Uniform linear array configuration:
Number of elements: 16
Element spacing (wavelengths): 0.25
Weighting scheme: exponential
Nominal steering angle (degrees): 0
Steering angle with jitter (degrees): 0.3531
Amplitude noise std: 0.05
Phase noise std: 0.05

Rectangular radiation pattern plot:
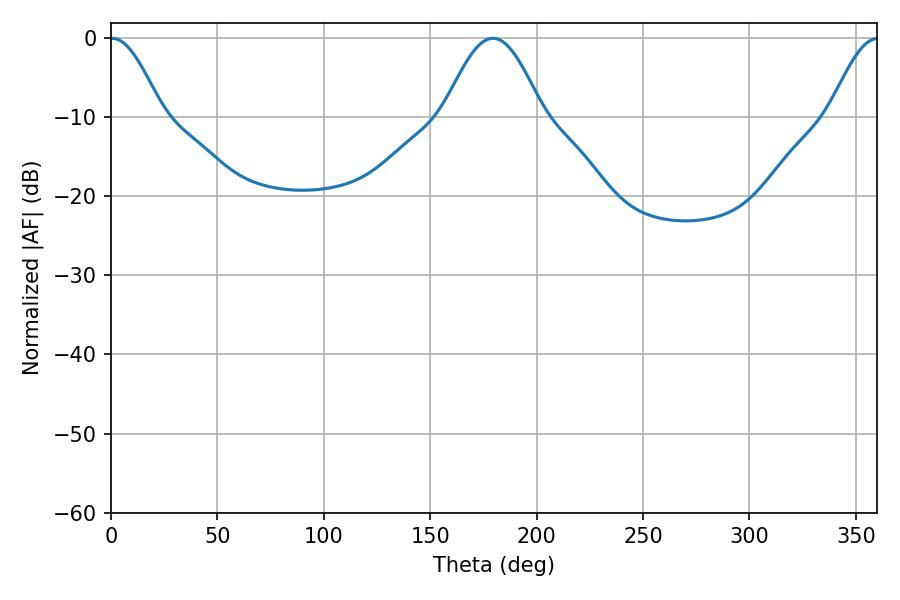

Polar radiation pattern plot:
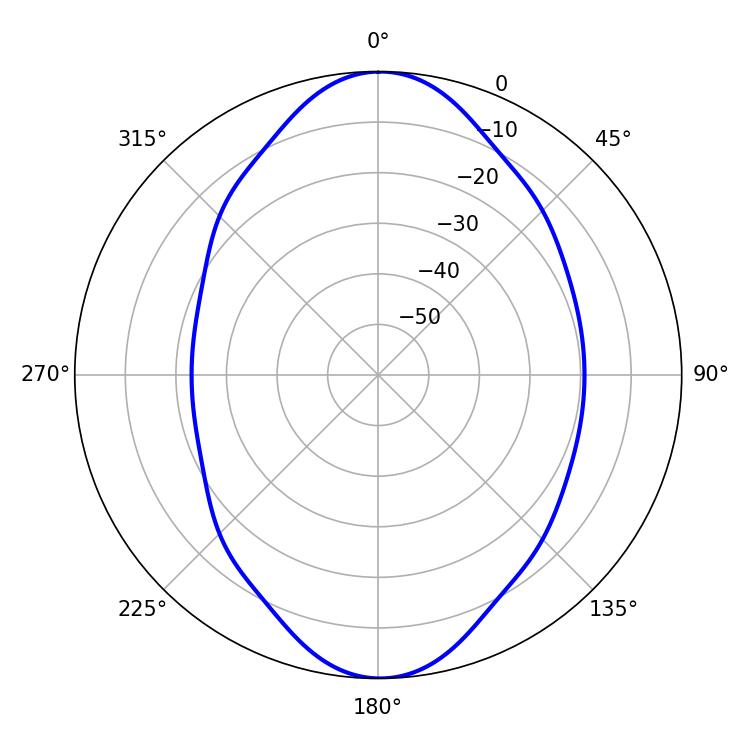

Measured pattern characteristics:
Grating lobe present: FALSE
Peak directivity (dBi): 19.132
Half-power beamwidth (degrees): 12.96
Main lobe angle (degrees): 0.54